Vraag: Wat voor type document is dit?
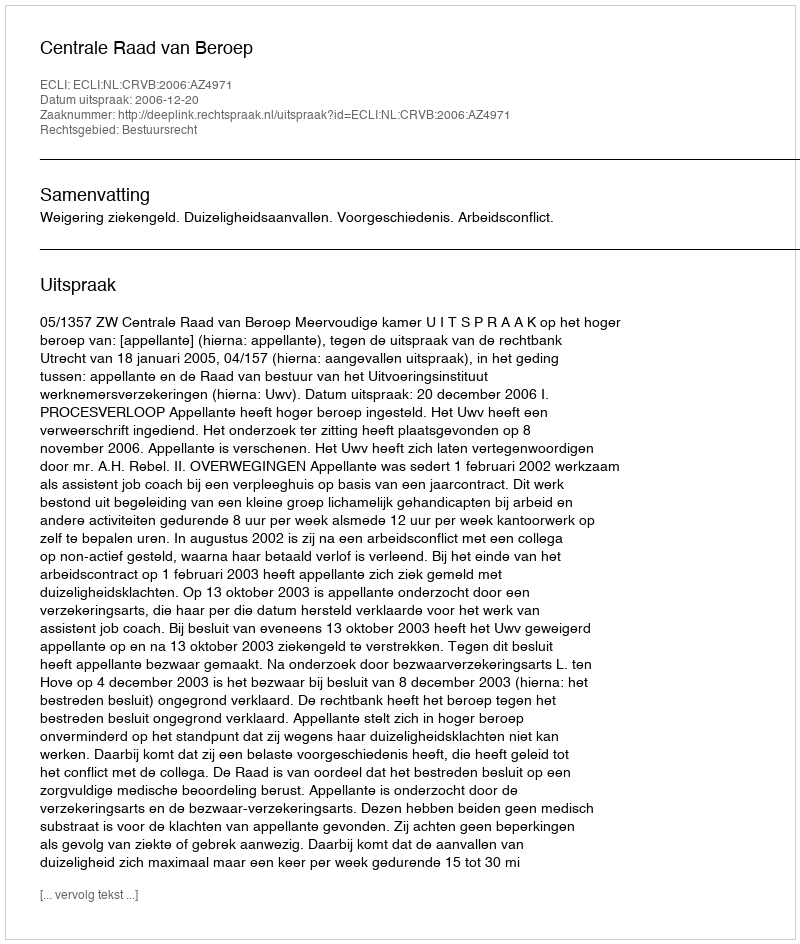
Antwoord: Uitspraak